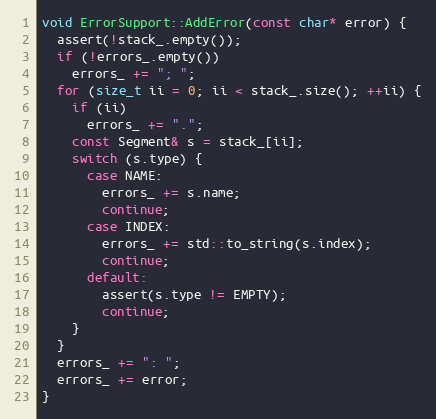
Language: C++
void ErrorSupport::AddError(const char* error) {
  assert(!stack_.empty());
  if (!errors_.empty())
    errors_ += "; ";
  for (size_t ii = 0; ii < stack_.size(); ++ii) {
    if (ii)
      errors_ += ".";
    const Segment& s = stack_[ii];
    switch (s.type) {
      case NAME:
        errors_ += s.name;
        continue;
      case INDEX:
        errors_ += std::to_string(s.index);
        continue;
      default:
        assert(s.type != EMPTY);
        continue;
    }
  }
  errors_ += ": ";
  errors_ += error;
}